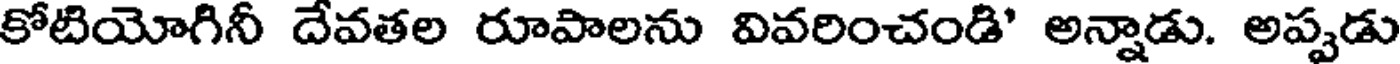
కోటియోగినీ దేవతల రూపాలను వివరించండి' అన్నాడు. అప్పడు